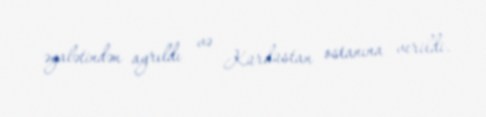
əyalətindən ayrıldı və Kürdüstan ostanına verildi.